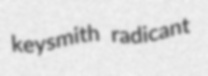
keysmith radicant